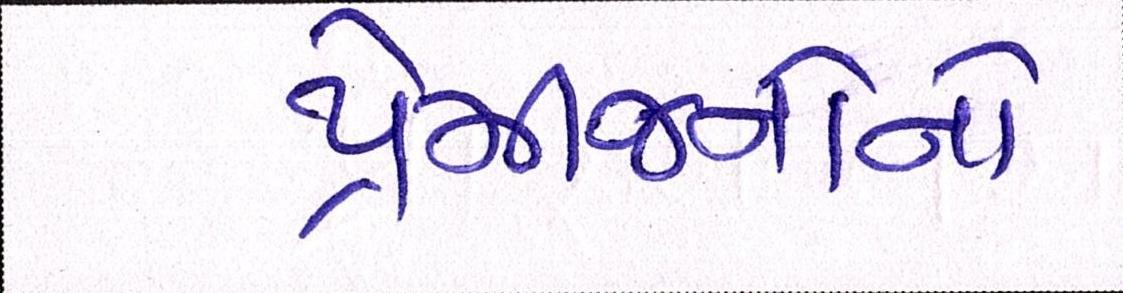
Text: પ્રેમીજનોનો